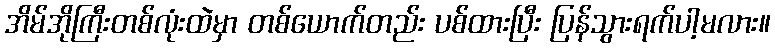
အိမ်အိုကြီးတစ်လုံးထဲမှာ တစ်ယောက်တည်း ပစ်ထားပြီး ပြန်သွားရက်ပါ့မလား။